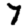
Digit: 7